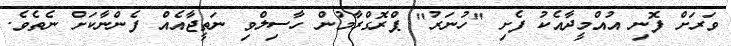
ވަރަށް ފޮނި އުއްމީދާއެކު ފެށި "ހުނަރު" ޕްރޮގްރާމުން ހާސިލްވި ނަތީޖާއެއް ފެންނާކަށް ނެތެވެ.